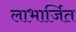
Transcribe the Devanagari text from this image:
लाभार्जित